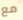
مع